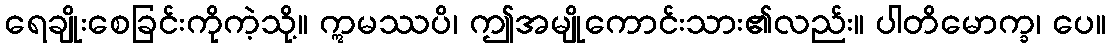
ရေချိုးစေခြင်းကိုကဲ့သို့။ ဣမဿပိ၊ ဤအမျိုကောင်းသား၏လည်း။ ပါတိမောက္ခ၊ ပေ။